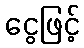
ငွေဖြင့်